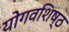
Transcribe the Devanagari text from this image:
योगवशिष्ठ